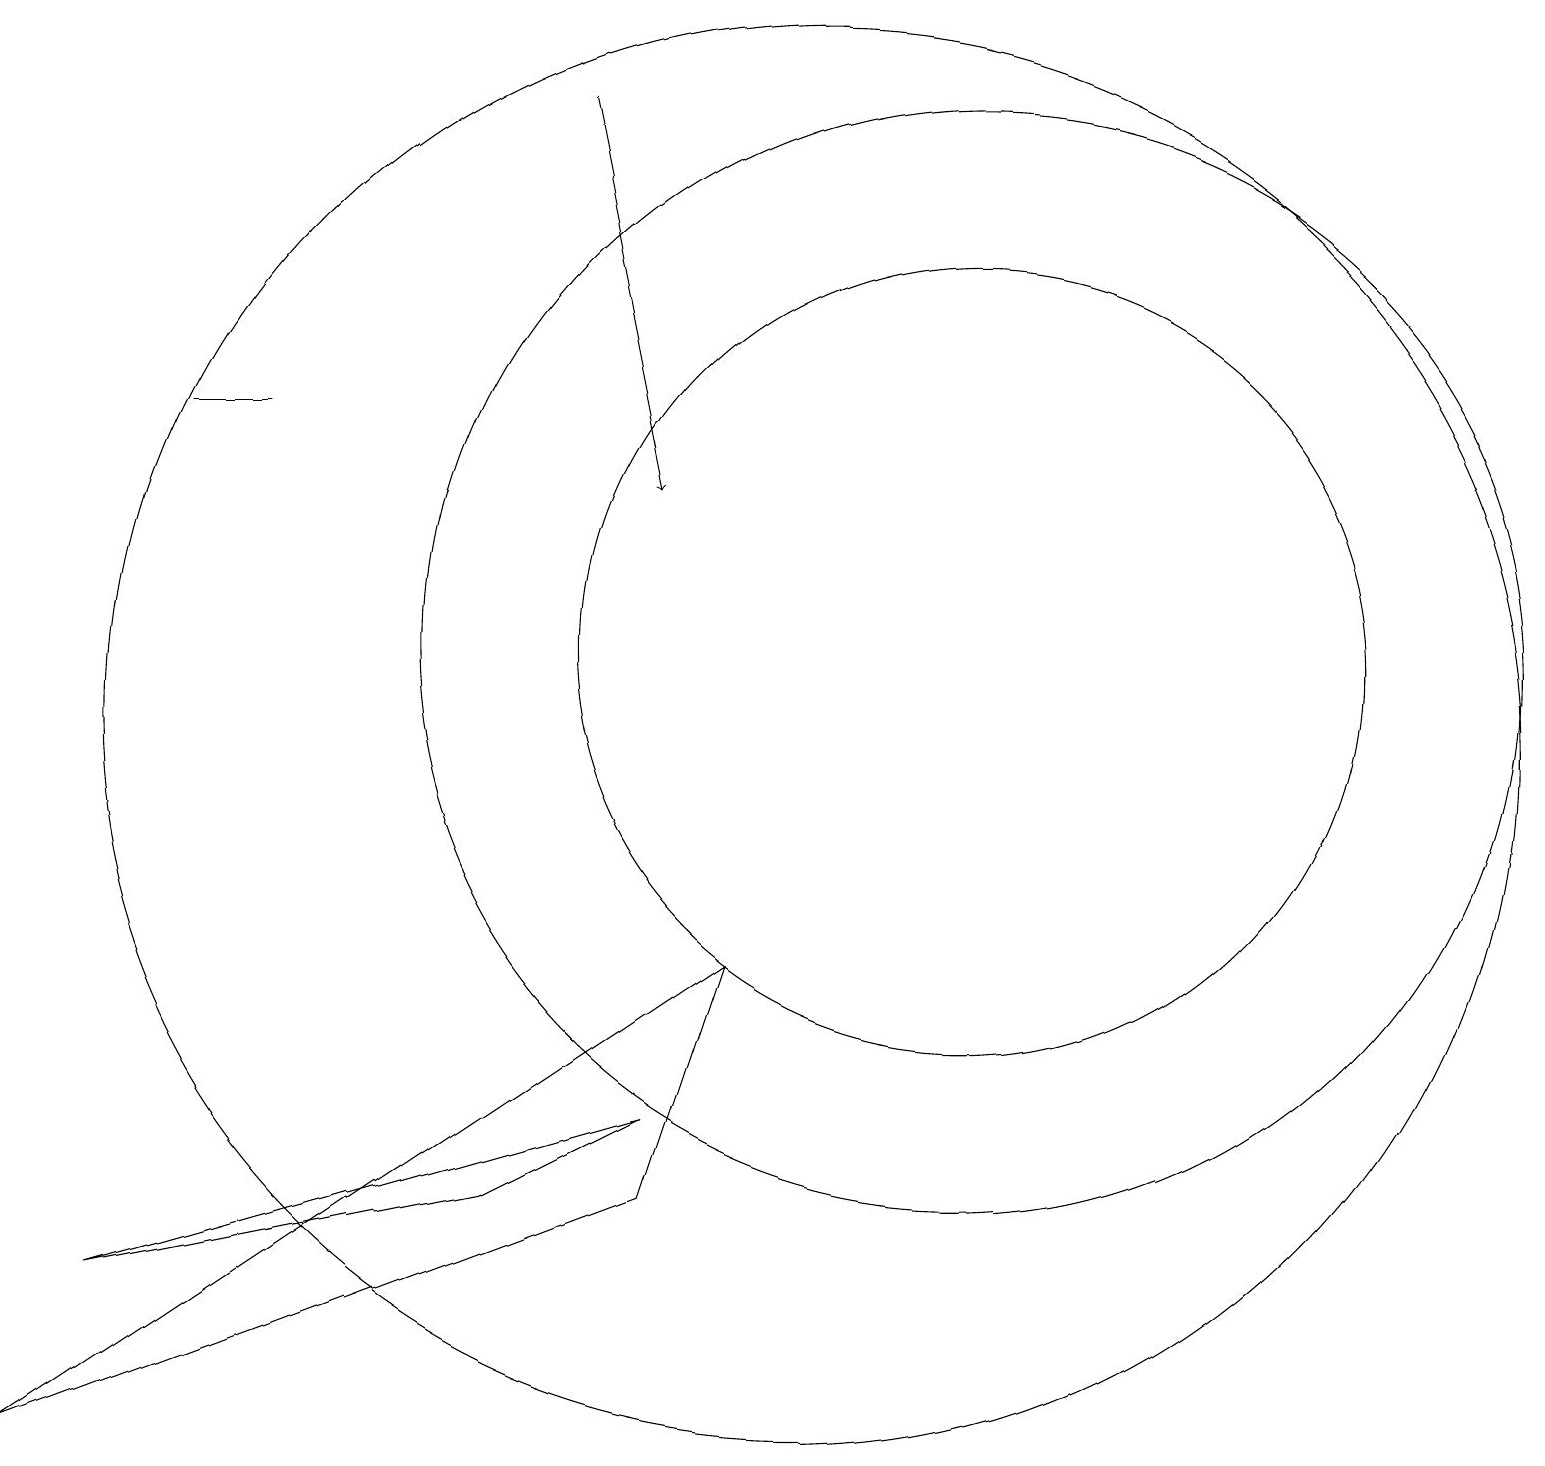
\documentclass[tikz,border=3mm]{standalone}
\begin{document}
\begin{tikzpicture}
\draw[->] (7,18) -- (8,13);
\draw (3,14) rectangle (2,14);
\draw (12,11) circle (5);
\draw (0,1) -- (9,7) -- (8,4) -- cycle;
\draw (10,10) circle (9);
\draw (6,4) -- (8,5) -- (1,3) -- cycle;
\draw (12,11) circle (7);
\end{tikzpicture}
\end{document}